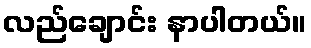
လည်ချောင်း နာပါတယ်။